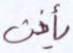
يأذن